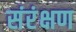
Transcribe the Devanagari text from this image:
संरंक्षण